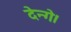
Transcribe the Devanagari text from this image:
देन्गे।